Lunatic asylums Bombay report 1891-1903 - 1891-1903
Year: 1891
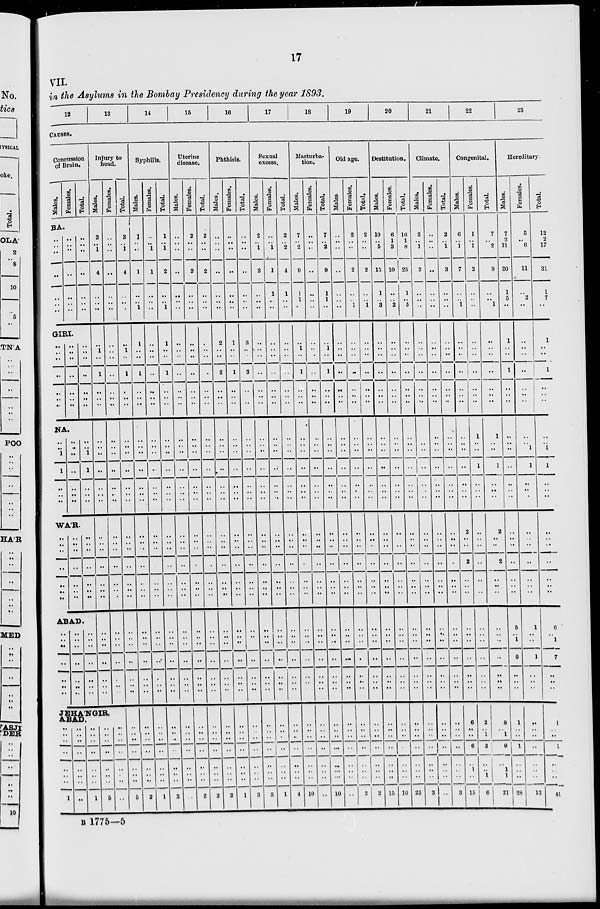
17
VII.
in the Asylums in the Bombay Presidency during the year 1893.
12
13
14
15
16
17
18
19
20
21
22
23
CAUSES.
Concussion
of Brain.
Males.
Females.
Total.
BA.
..
..
..
..
..
..
..
..
..
..
..
..
..
..
..
..
. .
..
..
..
..
GIRL
..
..
..
..
..
..
..
..
..
..
..
..
..
..
..
..
..
..
..
..
..
NA.
..
..
1
1
..
..
..
..
..
..
..
..
..
..
..
..
1
1
..
..
..
WAR.
..
..
..
..
..
..
..
..
..
..
..
..
..
..
..
..
..
..
..
..
..
ABAD.
..
..
..
..
..
..
..
..
..
..
..
..
..
..
..
..
..
..
..
..
..
Injury to
head.
Males.
3
..
1
4
..
..
..
..
1
..
1
..
..
..
..
..
..
..
..
..
..
..
..
..
..
..
..
..
..
..
..
..
..
..
..
Females.
..
..
. .
..
..
..
..
..
..
..
..
..
..
..
..
..
..
..
..
..
..
..
..
..
..
..
..
..
..
..
..
..
..
..
..
JEHA'NGIR,
ABAD.
..
..
..
. .
..
..
..
..
1
..
..
..
..
..
..
..
..
..
..
..
..
..
..
..
..
..
1
..
..
..
. .
..
..
..
..
5
..
..
..
..
..
..
..
..
..
Total.
Syphilis.
Males.
3
..
1
4
..
..
..
..
1
..
1
..
..
..
..
..
..
..
..
..
..
..
..
..
..
..
..
..
..
..
..
..
..
..
..
..
..
..
..
..
..
..
..
5
1
..
..
1
..
..
1
1
..
..
1
..
..
..
..
..
..
..
..
..
..
..
..
..
..
..
..
..
..
..
..
..
..
..
..
..
..
..
..
..
..
..
..
2
Females.
..
..
1
1
..
..
..
..
..
..
..
..
..
..
..
..
..
..
..
..
..
..
..
..
..
..
..
..
..
..
..
..
..
..
..
..
..
..
..
..
..
..
..
1
Total.
1
..
1
2
..
..
1
1
..
..
1
..
..
..
..
. .
..
..
..
..
..
..
..
..
..
..
..
..
..
..
..
..
..
..
..
..
..
..
..
..
..
..
..
3
Uterine
disease.
Males.
..
..
..
..
..
..
..
. .
..
..
..
..
..
..
..
..
..
..
..
..
..
..
..
..
..
..
..
..
..
..
..
..
..
..
..
..
..
..
..
..
..
..
..
..
Females.
2
..
..
2
..
..
..
..
..
..
..
..
..
..
..
..
..
..
..
..
..
..
..
..
..
..
..
..
..
..
..
..
..
..
..
..
..
..
..
..
..
..
..
2
Total.
2
..
..
2
..
..
..
..
..
..
..
..
..
..
..
..
..
..
..
..
..
..
..
..
..
..
..
..
..
..
..
..
..
..
..
..
..
..
..
..
..
..
..
2
Phthisis.
Males.
..
..
..
..
..
..
..
2
..
..
2
..
..
..
..
..
..
..
..
..
..
..
..
..
..
..
..
..
..
..
..
..
..
..
..
..
..
..
..
..
..
..
..
2
Females.
..
..
..
..
..
..
..
1
..
..
1
..
..
..
..
..
..
..
..
..
..
..
..
..
..
..
..
..
..
..
..
..
..
..
..
..
..
..
..
..
..
..
..
1
Total.
..
..
..
..
..
..
..
3
..
..
3
..
..
..
..
..
..
..
..
..
..
..
..
..
..
..
..
..
..
..
..
..
..
..
..
..
..
..
..
..
..
..
..
3
Sexual
excess.
Males.
2
..
1
3
..
..
..
..
..
..
..
..
..
..
..
..
..
..
..
..
..
..
..
..
..
..
..
..
..
..
..
..
..
..
..
..
..
..
..
..
..
..
.. 3
Females.
..
..
1
1
1
..
..
..
..
..
..
..
..
..
..
..
..
..
..
..
..
..
..
..
..
..
..
..
..
..
..
..
..
..
..
..
..
..
..
..
..
..
.. 1
Total.
2
..
2
4
1
..
..
..
..
..
..
..
..
..
..
..
..
..
..
..
..
..
..
..
..
..
..
..
..
..
..
..
..
..
..
..
..
..
..
..
..
..
..
4
Masturba-
tion.
Males.
7
..
2
9
1
1
..
..
1
..
1
..
..
..
..
..
..
..
..
..
..
..
..
..
..
..
..
..
..
..
..
..
..
..
..
..
..
..
..
..
..
..
.. 10
Females.
..
..
..
..
..
..
..
..
..
..
..
..
..
..
..
..
..
..
..
..
..
..
..
..
..
..
..
..
..
..
..
..
..
..
..
..
..
..
..
..
..
..
.. ..
Total.
7
..
2
9
1
1
..
..
1
..
1
..
..
..
..
..
..
..
..
..
..
..
..
..
..
..
..
..
..
..
..
..
..
..
..
..
..
..
..
..
..
..
..
10
Old age.
Males.
..
..
. .
..
..
..
..
..
..
..
..
..
..
..
..
..
..
..
..
..
..
..
..
..
..
..
..
..
..
..
..
..
..
..
..
..
..
..
..
..
..
..
.. ..
Females.
2
..
..
2
..
..
1
..
..
..
..
..
..
..
..
..
. .
..
..
..
..
..
..
..
..
..
..
..
..
..
..
..
..
..
..
..
. .
..
..
..
..
..
..
2
Total.
2
..
..
2
..
..
1
..
..
..
..
..
..
..
..
..
..
..
..
..
..
..
..
..
..
..
..
..
..
..
..
..
..
..
..
..
..
. .
..
..
..
..
..
2
Destitution.
Males.
10
..
5
15
1
..
3
..
..
..
..
..
..
..
..
..
..
..
..
..
..
..
..
..
..
..
..
..
..
..
..
..
..
..
..
..
..
..
..
..
..
..
.. 15
Females.
6
1
3
10
..
..
2
..
..
..
..
..
..
..
..
..
..
..
..
..
..
..
..
..
..
..
..
..
..
..
..
..
..
..
..
..
..
..
..
..
..
..
.. 10
Total.
16
1
8
25
1
..
5
..
..
..
..
..
..
..
..
..
..
..
..
..
..
..
..
..
..
..
..
..
..
..
..
..
..
..
..
..
..
..
..
..
..
..
.. 25
Climate.
Males.
2
..
1
3
..
..
..
..
..
..
..
..
..
..
..
..
..
..
..
..
..
..
..
..
..
..
..
..
..
..
..
..
..
..
..
..
..
..
..
..
..
..
.. 3
Females.
..
..
. .
..
..
..
..
..
..
..
..
..
..
..
..
..
..
..
..
..
..
..
..
..
..
..
..
..
..
..
..
..
..
..
..
..
..
..
..
..
..
..
..
..
Total.
2
..
1
3
..
..
..
..
..
..
..
..
..
..
..
..
..
..
..
..
..
..
..
..
..
..
..
..
..
..
..
..
..
..
..
..
..
..
..
..
..
..
..
3
Congenital.
Males.
6
..
1
7
..
..
1
..
..
..
..
..
..
..
..
..
..
..
..
..
..
2
..
..
2
..
..
..
..
..
..
..
..
..
..
6
..
..
6
..
1
..
.. 15
Females.
1
..
1
2
..
..
..
..
..
..
..
..
..
..
1
..
..
1
..
..
..
..
..
..
..
..
..
..
..
..
..
..
..
..
..
2
..
1
3
..
..
1
1
6
Total.
7
..
2
9
..
..
1
..
..
..
..
..
..
..
1
..
..
1
..
..
..
2
..
..
2
..
..
..
..
..
..
..
..
..
..
8
..
1
9
..
1
1
.. 21
Hereditary.
Males.
7
2
11
20
1
5
..
1
..
..
1
..
..
..
..
..
..
..
..
..
..
..
..
..
..
..
..
..
5
..
1
6
..
..
..
1
..
1
1
..
..
..
.. 28
Females.
5
..
6
11
.. 2
..
..
..
..
..
..
..
..
..
.. 1
1
..
..
..
..
..
..
..
..
..
..
1
..
..
1
..
..
..
..
..
..
..
..
..
..
..
13
Total.
12
2
17
31
1
7
..
1
..
..
1
..
..
..
..
..
1
1
..
..
..
. .
..
..
..
..
. .
..
6
..
1
7
..
..
..
1
..
..
1
..
..
..
..
41
B 1775—5